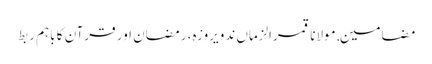
مضامین, مولانا قمرالزماں ندویروزہ، رمضان اور قرآن کا باہم ربط